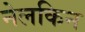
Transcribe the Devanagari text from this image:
नेलकिन